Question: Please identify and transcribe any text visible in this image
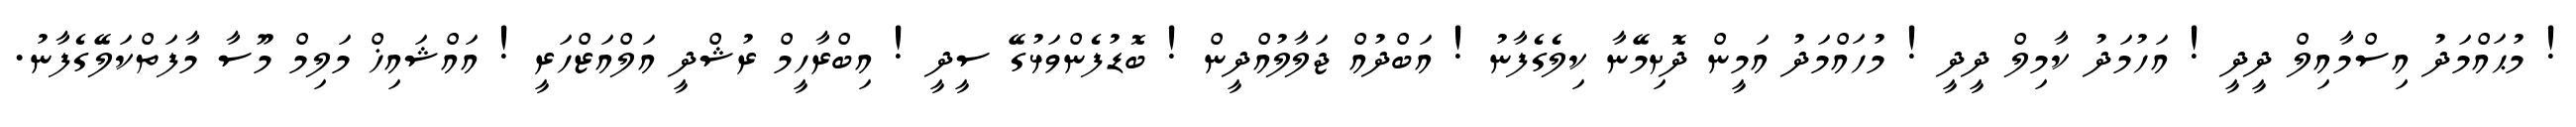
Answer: ! މުޙައްމަދު އިސްމާއިލް ދީދީ ! އަހުމަދު ކާމިލް ދީދީ ! މުހައްމަދު އަމީން ދޮށިމޭނާ ކިލެގެފާނު ! އަބްދުއް ޖަލާލުއްދީން ! ބޮޑުފެންވަޅުގޭ ސީދީ ! އިބްރާހީމް ރުޝްދީ އަލްއަޒްހަރީ ! އައްޝައިޚް މަލިމް މޫސާ މާފަތްކަލޭގެފާނު.